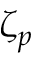
\zeta _ { p }